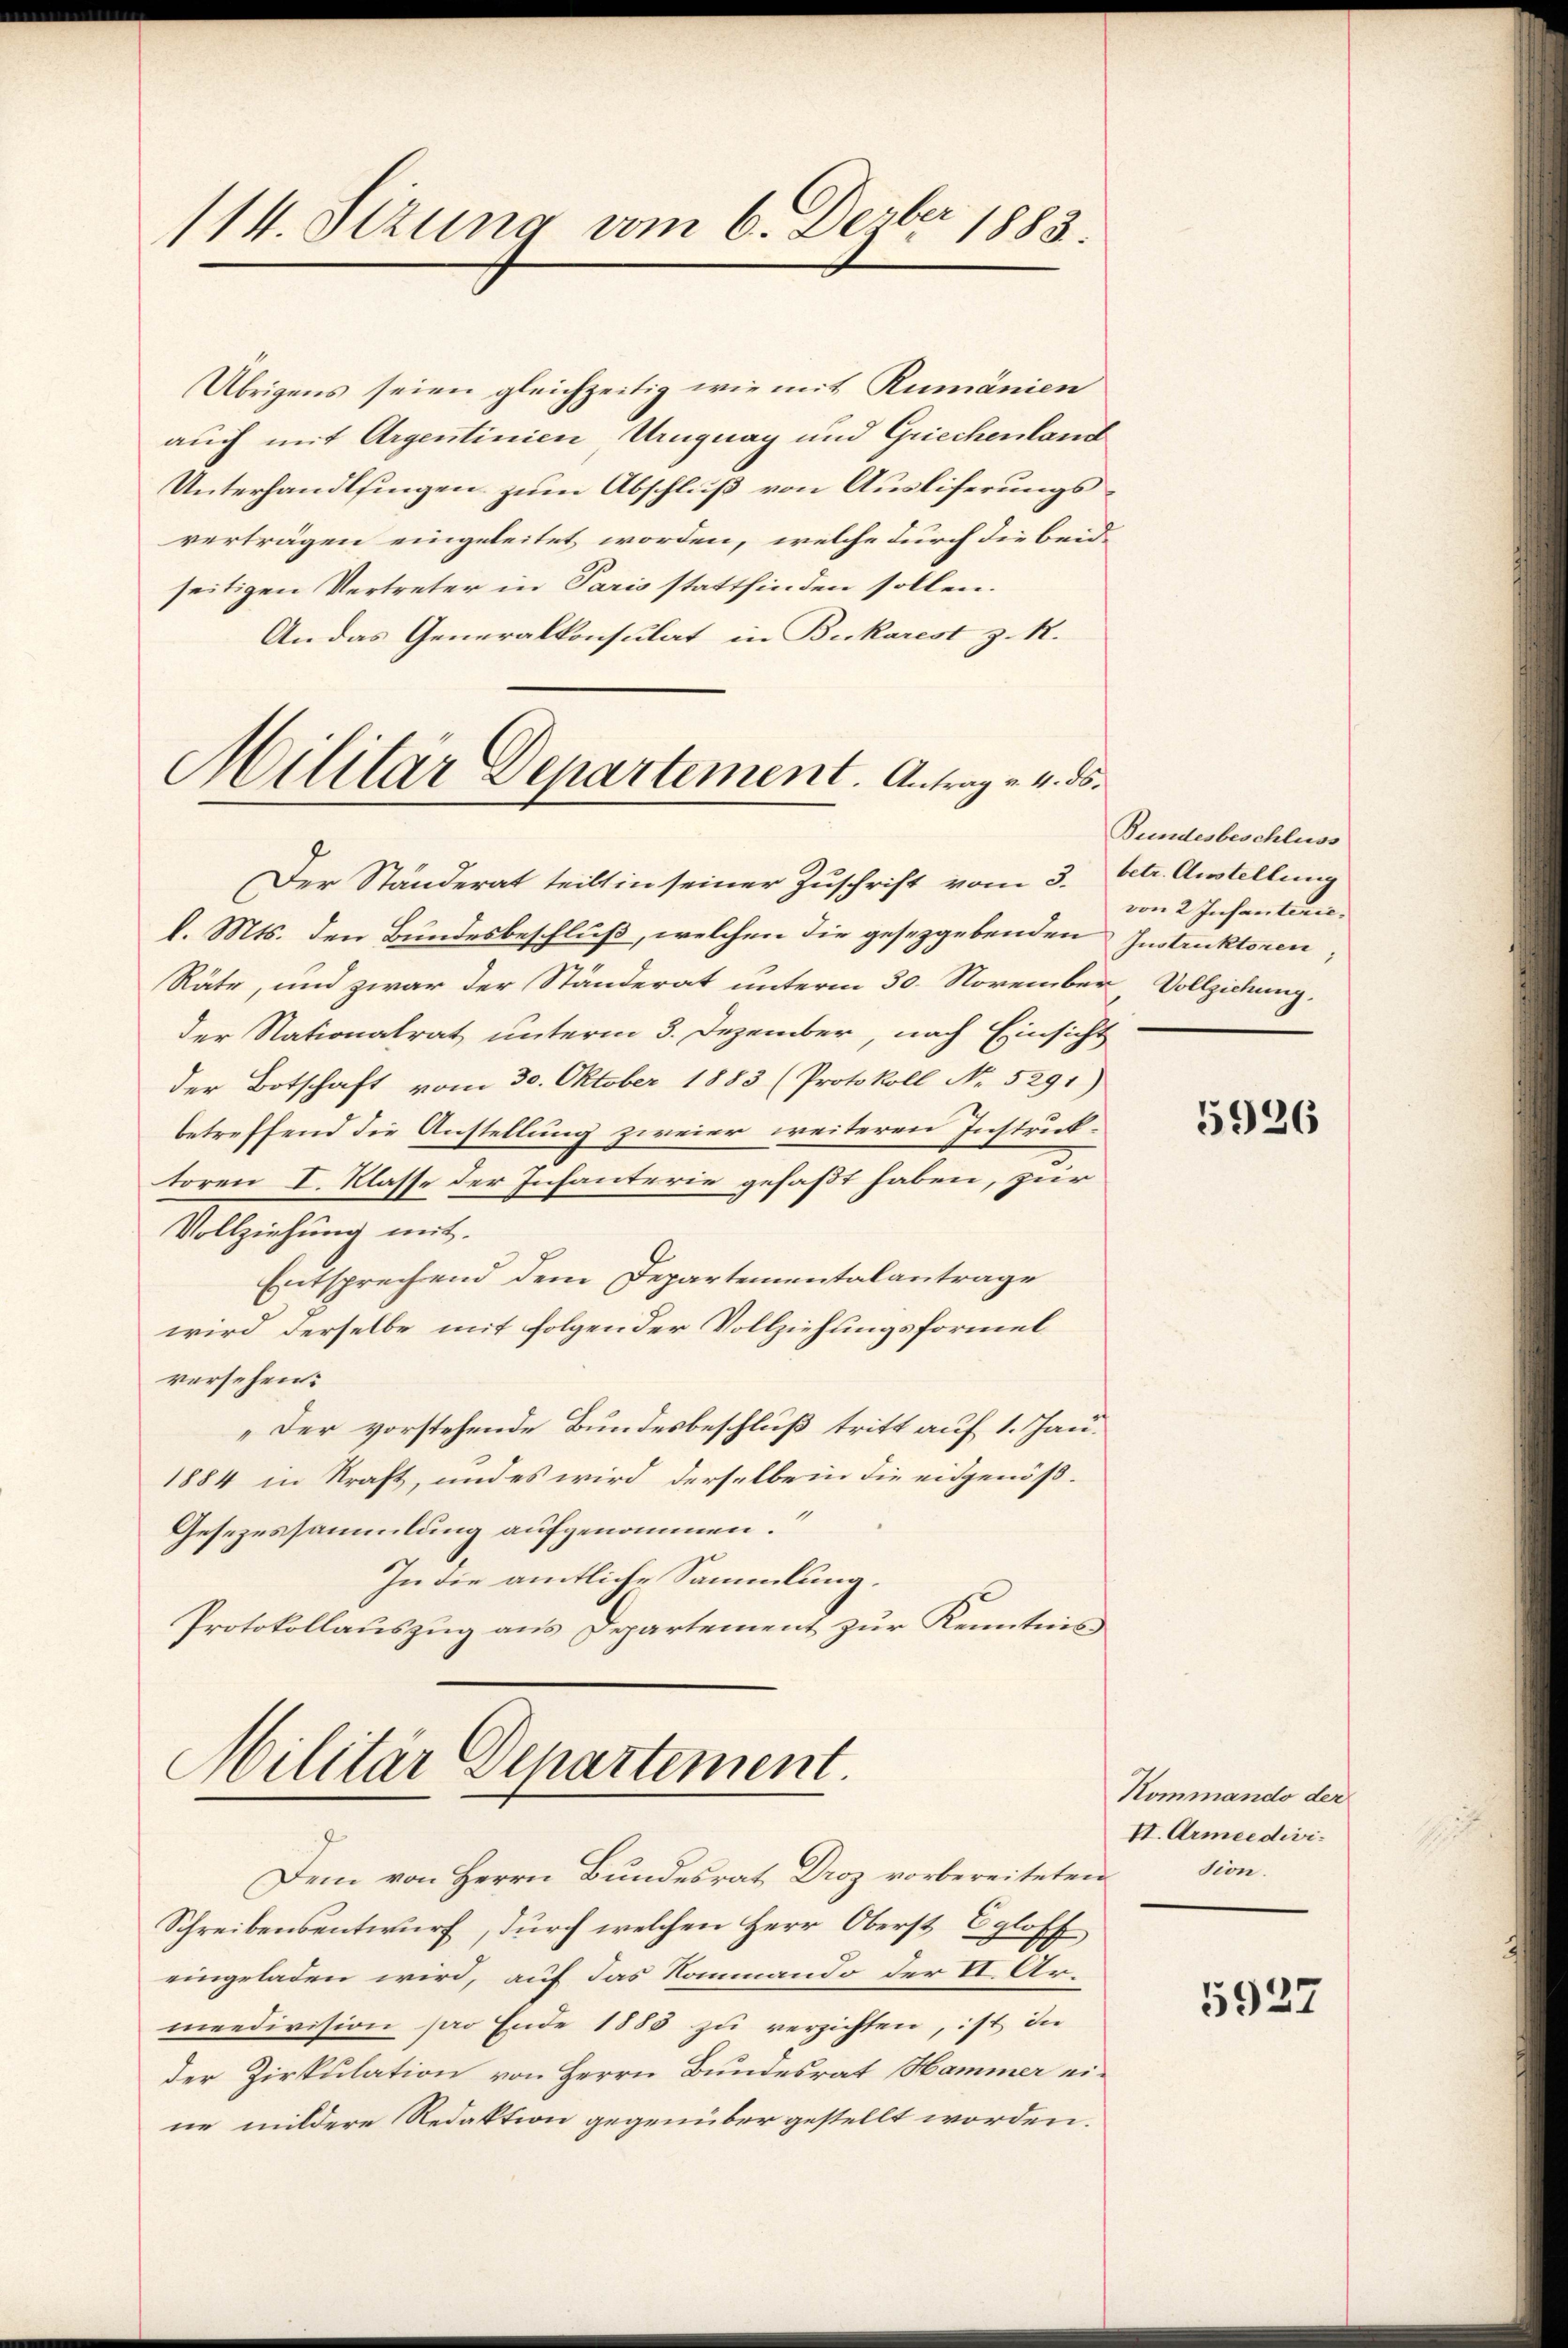
114. Sizung vom 6. Derber 1883.

Übrigens seien gleichzeitig wie mit Rumänien
auch mit Argentinien Uruguay und Griechenland
Unterhandlsingen zum Abschluß von Ausliferungsverträgen eingeleitet worden, welche durch die beide
seitigen Vertreter in Paris stattfinden sollen.
An das Generalkonsulat in Bukarest z. R.

Militar Departement. Antrag v. 4. ds.

Der Ständerat teilt in seiner Zuschrift vom 3. betr. Austellung
l. Mts. den Bundesbeschluß, welchen die gesetzgebenden Instruktoren,
Räte, und zwar der Ständerat unterm 30. November Vollziehung,
der Nationalrat unterm 3. Dezember, nach Einsicht
der Botschaft vom 30. Oktober 1883 (Protokoll No 5291)
betreffend die Anstellung zweier weiteren Instruktoren I. Klasse der Infanterie gefaßt haben, zur
Vollziehung mit.
Entsprechend dem Departementalantrage
wird derselbe mit folgender Vollziehungsformel
versehen:
„Der vorstehende Bundesbeschluß tritt auf 1. Jan.
1884 in Kraft, und es wird derselben die eidgenöß¬
Gesezessammlung aufgenommen.
In die amtliche Sammlung.
Protokollauszug aus Departement zur Kenntnis

Militär Departement.
Dem von Herrn Bundesrat Droz vorbereiteten

Schreibensentwurf, durch welchen Herr Oberst Egloff
eingeladen wird, auf das Kommando der II. Armeedivision pro Ende 1885 zu verzichten, ist in
der Zirkulation von Herrn Bundesrat Hammer ei-
ne mildere Redaktion gegenüber gestellt worden.

Bundesbeschluss
von 2 Infanten.

5926

Kommando der
II. Armeedividion.

5927